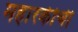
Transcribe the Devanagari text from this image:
महारकीची